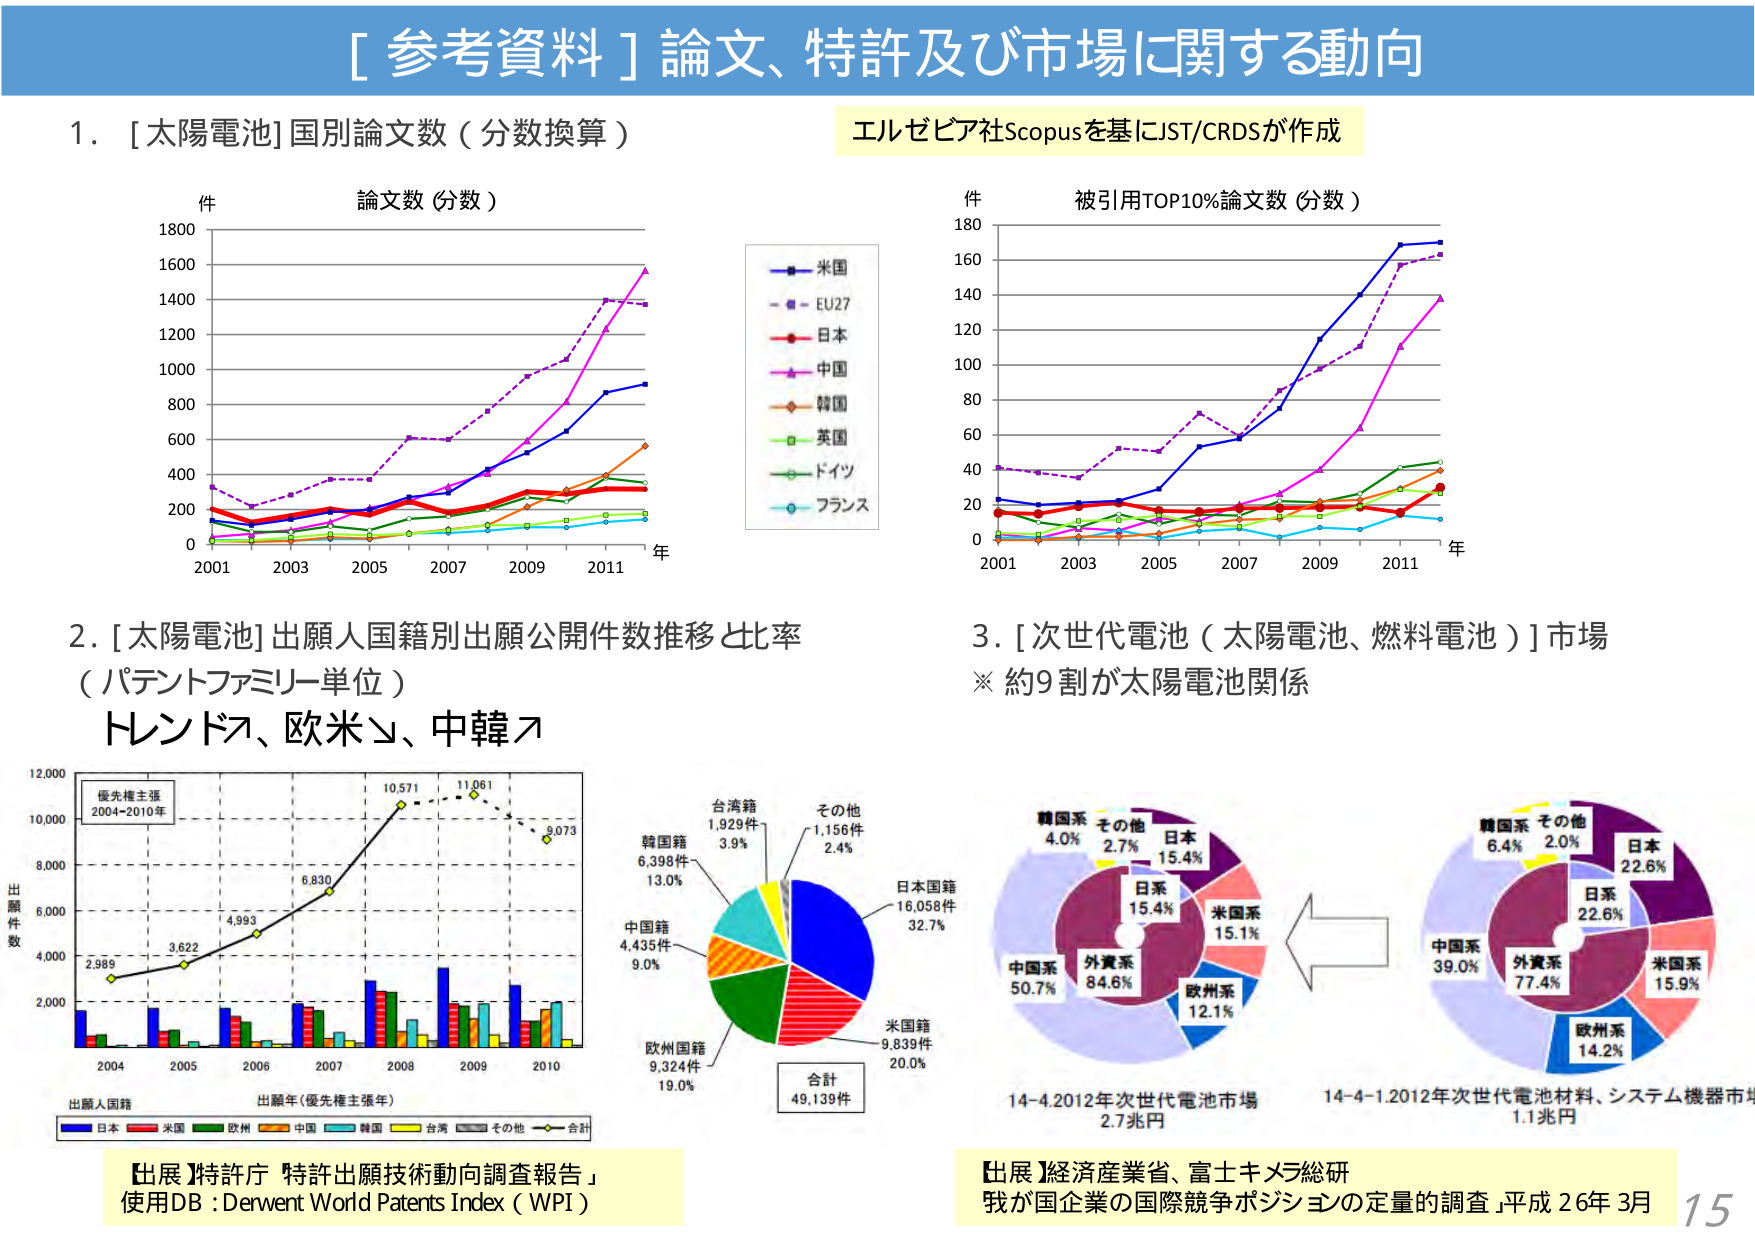
[ 参考資料 ] 論文、特許及び市場に関する動向

1. [太陽電池] 国別論文数（分数換算）
件
論文数（分数）
2001 2003 2005 2007 2009 2011 年
0 200 400 600 800 1000 1200 1400 1600 1800
■ 米国
■ EU27
■ 日本
■ 中国
■ 韓国
■ 英国
■ ドイツ
■ フランス

エルゼビア社Scopusを基にJST/CRDSが作成

件
被引用TOP10%論文数（分数）
2001 2003 2005 2007 2009 2011 年
0 20 40 60 80 100 120 140 160 180

2. [太陽電池] 出願人国籍別出願公開件数推移と比率
（パテントファミリー単位）
トレンド、欧米、中韓

優先権主張
2004-2010年
出願件数
2,000 4,000 6,000 8,000 10,000 12,000
2004 2005 2006 2007 2008 2009 2010
出願人国籍
出願年（優先権主張年）
■ 日本 ■ 米国 ■ 欧州 ■ 中国 ■ 韓国 ■ 台湾 ■ その他 ■ 合計
2,989 3,622 4,993 6,830 10,571 11,061 9,073

台湾籍 1,929件 3.9%
その他 1,156件 2.4%
日本国籍 16,058件 32.7%
米国籍 9,839件 20.0%
欧州国籍 9,324件 19.0%
中国籍 4,435件 9.0%
韓国籍 6,398件 13.0%
合計 49,139件

【出展】特許庁「特許出願技術動向調査報告」
使用DB：Derwent World Patents Index（WPI）

3. [次世代電池（太陽電池、燃料電池）] 市場
※ 約9割が太陽電池関係

韓国系 4.0% その他 2.7% 日本 15.4%
日系 15.4%
米国系 15.1%
欧州系 12.1%
外資系 84.6%
中国系 50.7%

14-4.2012年次世代電池市場 2.7兆円

韓国系 6.4% その他 2.0% 日本 22.6%
日系 22.6%
米国系 15.9%
欧州系 14.2%
外資系 77.4%
中国系 39.0%

14-4-1.2012年次世代電池材料、システム機器市場 1.1兆円

【出展】経済産業省、富士キメラ総研
「我が国企業の国際競争ポジションの定量的調査」平成26年3月

15